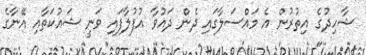
ޝާހިދުގެ އިތުރުން އެ މައްސަލާގައި ދެން ދައުވާ އުފުލާފައި ވަނީ ޝައުކަތާއި އޭނާގެ